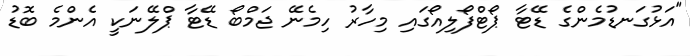
"އަޅުގަނޑުމެންގެ ޑޭޓާ ޕޯޓްފޯލިއޯގައި މިހާރު ހިމެނޭ ޖަމްބޯ ޑޭޓާ ޕްލޭނަކީ އެންމެ ބޮޑު